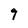
Character: 9